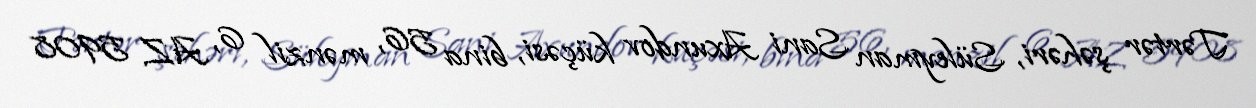
Tərtər şəhəri, Süleyman Sani Axundov küçəsi, bina 56, mənzil 6, AZ 5908